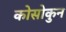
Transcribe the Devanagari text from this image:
कोसोकुन